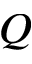
Q